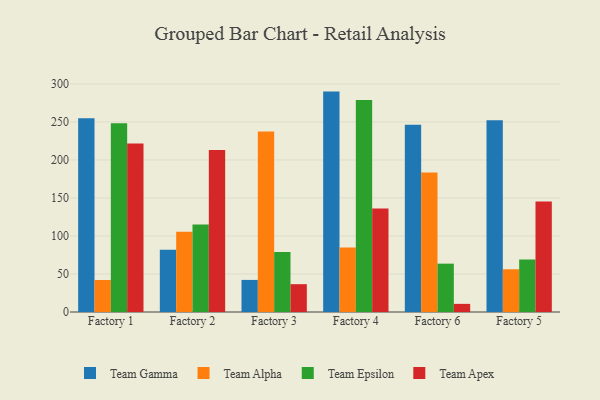
{"axis": {"x": "Factory", "y": "Churn Rate (%)"}, "legend": ["Team Alpha", "Team Apex", "Team Epsilon", "Team Gamma"], "data": [{"x": "Factory 1", "y": 254.7, "type": "Team Gamma"}, {"x": "Factory 1", "y": 42.1, "type": "Team Alpha"}, {"x": "Factory 1", "y": 248.2, "type": "Team Epsilon"}, {"x": "Factory 1", "y": 221.6, "type": "Team Apex"}, {"x": "Factory 2", "y": 81.8, "type": "Team Gamma"}, {"x": "Factory 2", "y": 105.4, "type": "Team Alpha"}, {"x": "Factory 2", "y": 115.1, "type": "Team Epsilon"}, {"x": "Factory 2", "y": 213.0, "type": "Team Apex"}, {"x": "Factory 3", "y": 42.2, "type": "Team Gamma"}, {"x": "Factory 3", "y": 237.3, "type": "Team Alpha"}, {"x": "Factory 3", "y": 78.8, "type": "Team Epsilon"}, {"x": "Factory 3", "y": 36.6, "type": "Team Apex"}, {"x": "Factory 4", "y": 289.9, "type": "Team Gamma"}, {"x": "Factory 4", "y": 84.7, "type": "Team Alpha"}, {"x": "Factory 4", "y": 278.8, "type": "Team Epsilon"}, {"x": "Factory 4", "y": 136.3, "type": "Team Apex"}, {"x": "Factory 6", "y": 246.4, "type": "Team Gamma"}, {"x": "Factory 6", "y": 183.5, "type": "Team Alpha"}, {"x": "Factory 6", "y": 63.6, "type": "Team Epsilon"}, {"x": "Factory 6", "y": 10.7, "type": "Team Apex"}, {"x": "Factory 5", "y": 252.1, "type": "Team Gamma"}, {"x": "Factory 5", "y": 56.2, "type": "Team Alpha"}, {"x": "Factory 5", "y": 68.9, "type": "Team Epsilon"}, {"x": "Factory 5", "y": 145.4, "type": "Team Apex"}]}